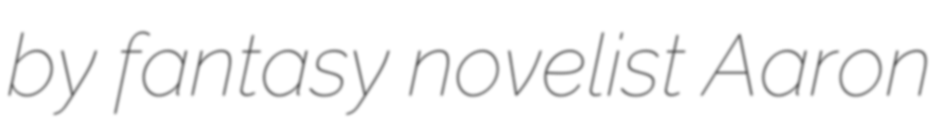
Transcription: by fantasy novelist Aaron